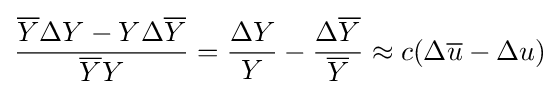
{\frac {{\overline {Y}}\Delta Y-Y\Delta {\overline {Y}}}{{\overline {Y}}Y}}={\frac {\Delta Y}{Y}}-{\frac {\Delta {\overline {Y}}}{\overline {Y}}}\approx c(\Delta {\overline {u}}-\Delta u)